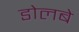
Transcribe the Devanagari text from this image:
डोलबे